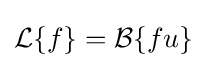
{\mathcal {L}}\{f\}={\mathcal {B}}\{fu\}